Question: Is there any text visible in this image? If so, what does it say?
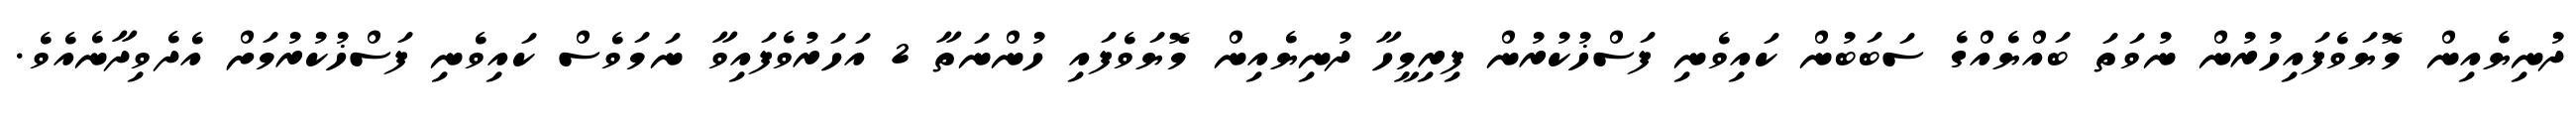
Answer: ދުނިޔެއިން މޮޔަވެފައިހުރުން ނުވަތަ ބައްޔެއްގެ ސަބަބުން ކައިވެނި ފަސްޚުކުރުން ފިރިމީހާ ދުނިޔެއިން މޮޔަވެފައި ހުންނަތާ 2 އަހަރުވެފައިވާ ނަމަވެސް ކައިވެނި ފަސްޚުކުރުމަށް އެދެވިދާނެއެވެ.